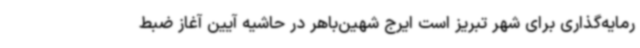
رمایه‌گذاری برای شهر تبریز است ایرج شهین‌باهر در حاشیه آیین آغاز ضبط